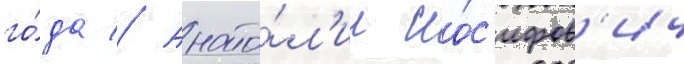
го́да // Анато́л'ии ио́с'ифов'ич